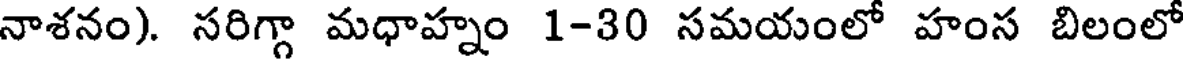
నాశనం). సరిగ్గా మధాహ్నం 1-30 సమయంలో హంస బిలంలో